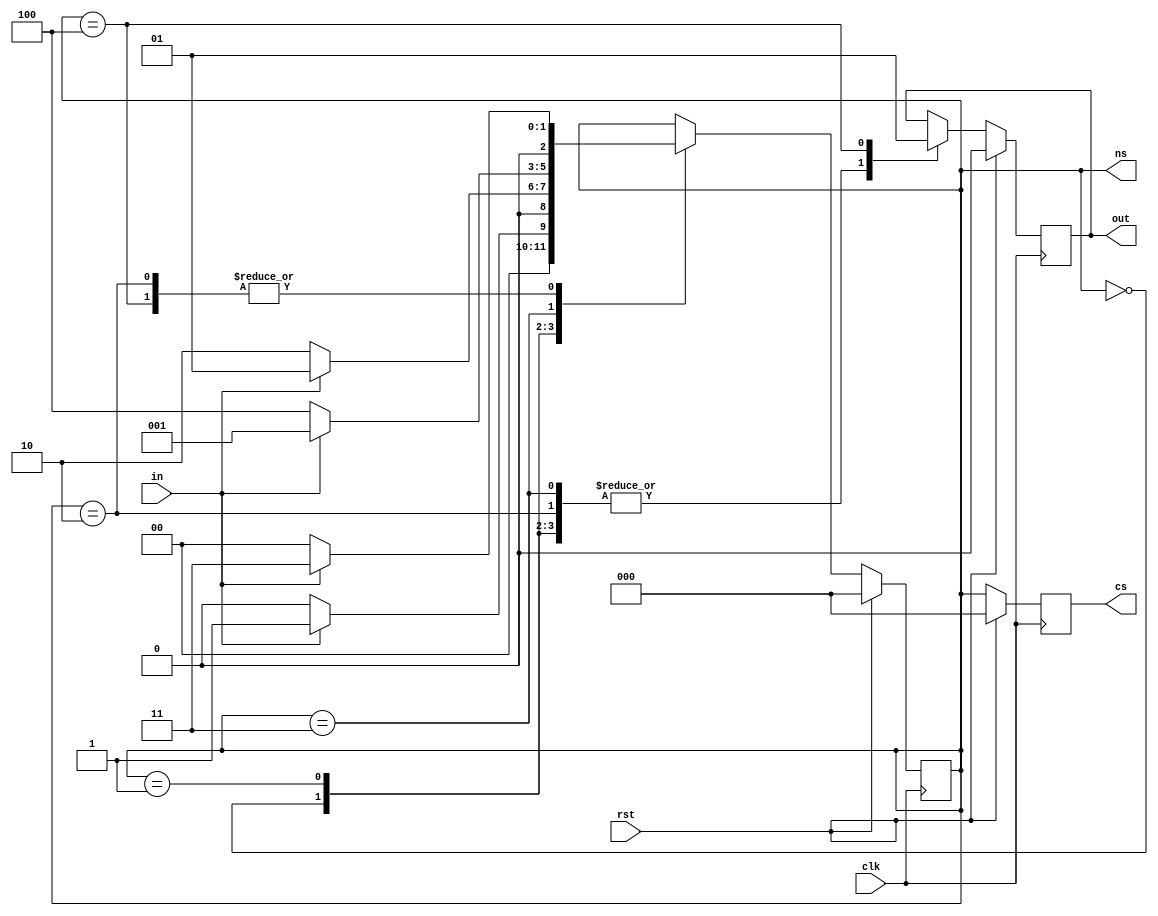
///////////////////////////////////{MOORE_FSM_1010_DESIGN_CORRECT_CODE}//////////////////////////////////////////////

module moore_nonoverlap(
        output reg out,
        input in,clk,rst ,
        output reg[2:0] cs,ns       
);
   
        parameter [2:0]s0= 3'b000;
        parameter [2:0]s1= 3'b001;
        parameter [2:0]s2= 3'b010;
        parameter [2:0]s3= 3'b011;
        parameter [2:0]s4= 3'b100;
    always@(posedge clk)
        begin
        if(rst) begin
            out=1'b0;
            cs=s0;
         ns=s0;
            end
        else
            begin
            cs=ns;
//            end
//            end
//   always @ (cs,in)
//               begin
        case(cs)
        s0: begin out=1'b0; 
        if(in) begin
            //out=1'b0;
            ns=s1; end
            else begin
            //out=1'b0;
            ns=s0; end
            end
         s1:  begin out=1'b0; 
          if(in) begin
           // out=1'b0;
            ns=s1; end
            else begin
            //out=1'b0;
            ns=s2; end
            end
         s2:  begin out=1'b0; 
          if(in) begin
            //out=1'b0;
            ns=s3; end
            else begin
            //out=1'b0;
            ns=s0; end
            end
         s3:  begin out=1'b0; 
         if(in==0) begin
            //out=1'b0;
            ns=s4; end
            else begin
            //out=1'b0;
            ns=s1; end
            end
         s4:  begin out=1'b1; 
         if(in) begin
            //out=1'b1;
            ns=s3; end
            else begin
            //out=1'b1;
            ns=s0; end
            end  
            endcase
            end
            end
                    
endmodule